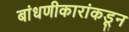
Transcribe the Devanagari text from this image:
बांधणीकारांकडून